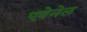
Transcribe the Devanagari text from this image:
एवेनेल